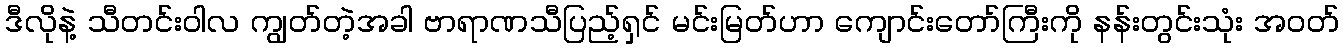
ဒီလိုနဲ့ သီတင်းဝါလ ကျွတ်တဲ့အခါ ဗာရာဏသီပြည့်ရှင် မင်းမြတ်ဟာ ကျောင်းတော်ကြီးကို နန်းတွင်းသုံး အဝတ်